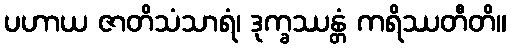
ပဟာယ ဇာတိသံသာရံ၊ ဒုက္ခဿန္တံ ကရိဿတီတိ။